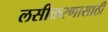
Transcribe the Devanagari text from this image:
लसीकरणासाठी